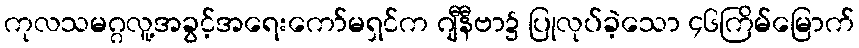
ကုလသမဂ္ဂလူ့အခွင့်အရေးကော်မရှင်က ဂျီနီဗာ၌ ပြုလုပ်ခဲ့သော ၄၆ကြိမ်မြောက်